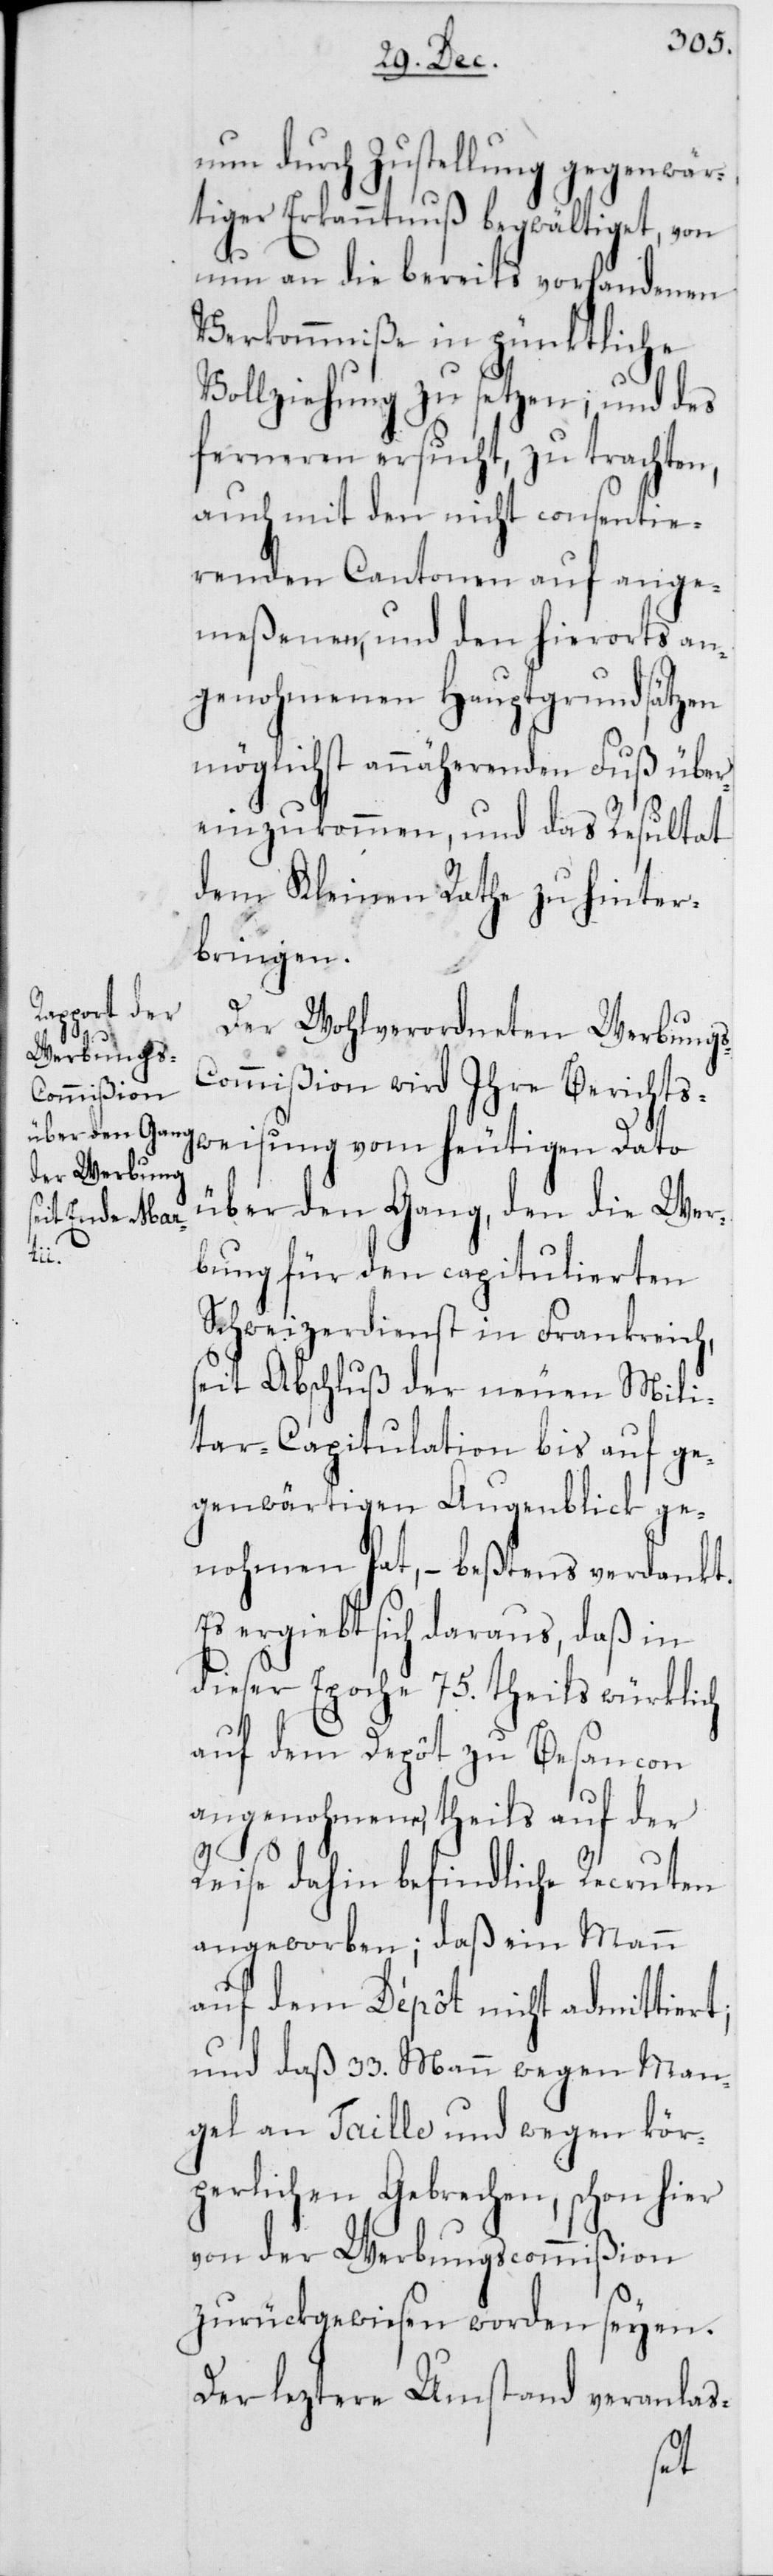
rt,

nun durch Zustel¬
tiger Erkanntnuß begwält¬
t, von
nun an die bereits vorhandenen
Verkommniße in pünktliche
Vollziehung zu setzen,
ferneren ersucht, zu
ßion
auch mit den nicht
tie¬
renden Cantonen auf
ange¬
meßenen, und den hi¬
ts an¬
genohmenen Hauptgrundsätzen
möglichst annährenden Fuß über¬
einzukommen, und das Resultat
dem Kleinen Rathe zu hinter¬
bringen.
Der Wohlverordneten Werbung¬
ommißion wird Ihre Berichts¬
weisung vom heutigen Dato
über den Gang, den die Wer¬
bung für den capitulierten
Schweizerdienst in Frankreich,
seit Abschluß der neuen Mili¬
tar-Capitulation bis auf ge¬
genwärtigen Augenblick ge¬
nohmen hat, – beßtens verdankt.
Es ergiebt sich daraus, daß in
dieser Epoche 75. theils würklich
auf dem Depôt zu Besançon
angenohmene, theils auf der
Reise dahin befindliche Recruten
angeworben, daß ein Mann
auf dem Dépôt nicht admittie¬
und daß 33. Mann wegen Man¬
gel an Taille und wegen kör¬
perlichen Gebrechen, schon hier
von der Werbungscommi¬
zurückgewiesen worden seyen.
Der leztere Umstand veranlas-